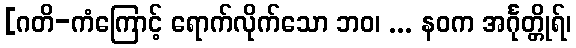
[ဂတိ-ကံကြောင့် ရောက်လိုက်သော ဘဝ၊ ... နဝက အင်္ဂုတ္တိုရ်၊